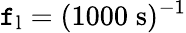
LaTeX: \mathtt{f}_{\mathrm{{l}}}=(1000\; \mathrm{{s}})^{-1}